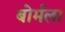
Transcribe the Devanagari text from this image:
बोर्मला